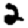
Digit: 2